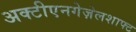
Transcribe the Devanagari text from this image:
अक्टीएनगेज़ेलशाफ्ट